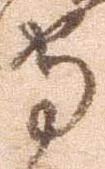
守